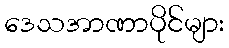
ဒေသအာဏာပိုင်များ